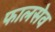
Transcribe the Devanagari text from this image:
फालसेव